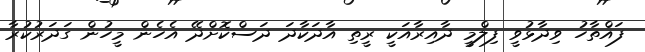
ފައްތާހު ވިދާޅުވީ ފިލްމީ ދާއިރާއަކީ ރީތި އާދަކާދަ ދަސްކޮށްދޭ އެހެން މީހުން ގަދަރުކުރާ